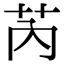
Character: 芮